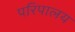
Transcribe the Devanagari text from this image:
परिपालय